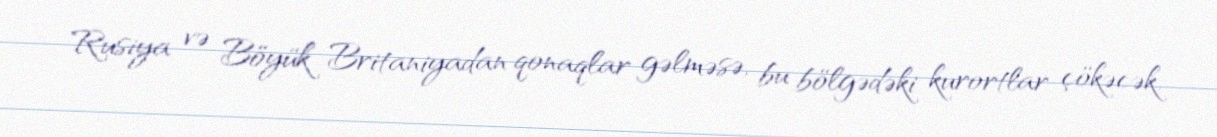
Rusiya və Böyük Britaniyadan qonaqlar gəlməsə, bu bölgədəki kurortlar çökəcək.